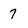
Character: 7